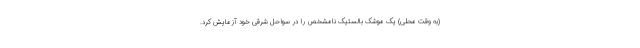
(به وقت محلی) یک موشک بالستیک نامشخص را در سواحل شرقی خود آزمایش کرد.